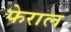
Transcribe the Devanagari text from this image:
फेराल